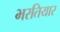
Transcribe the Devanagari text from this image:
भरतियार